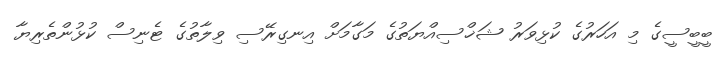
ބީބީސީގެ މި އަހަރުގެ ކުޅިވަރު ޝަޚްސިއްޔަތުގެ މަގާމަށް އިނގިރޭސި ވިލާތުގެ ޓެނިސް ކުޅުންތެރިޔާ